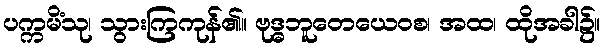
ပက္ကမိံသု၊ သွားကြကုန်၏။ ဗုဒ္ဓဘူတေယေဝစ၊ အထ၊ ထိုအခါ၌။